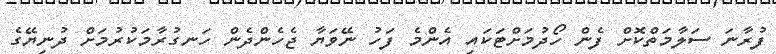
ފުރާނަ ސަލާމަތްކޮށް ފެން ހޯދުމަށްޓަކައި އެންމެ ފަހު ނޭވަޔާ ޖެހެންދެން ހަނގުރާމަކުރުމަށް ދުނިޔޭގެ